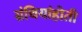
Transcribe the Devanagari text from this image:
ग्रंथियांहोती